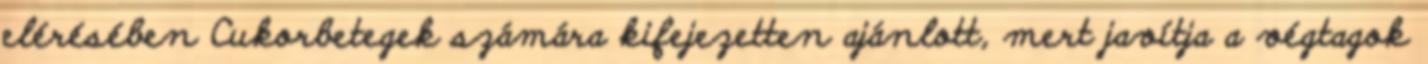
elérésében Cukorbetegek számára kifejezetten ajánlott, mert javítja a végtagok